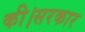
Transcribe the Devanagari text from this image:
की।सरकार